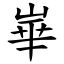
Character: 崋